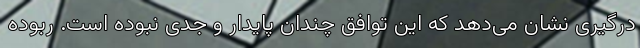
درگیری نشان می‌دهد که این توافق چندان پایدار و جدی نبوده است. ربوده